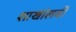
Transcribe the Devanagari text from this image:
शाखांलबी